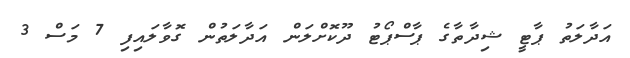
އަދާލަތު ޕާޓީ ޝިދާތާގެ ޕާސްޕޯޓު ދޫކޮށްލަން އަދާލަތުން ގޮވާލައިފި 7 މަސް 3